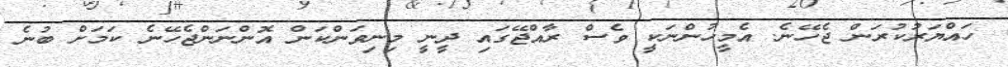
ހައްޔަރުކުރަން ޖެހޭނެ. އެމީހުންނަކީ ވެސް ރާއްޖޭގައި ދީނީ މިނިވަންކަން އޮންނަންޖެހޭނެ ކަމަށް ބުނެ